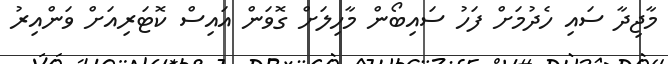
މާޖިދާ ސައި ހެދުމަށް ފަހު ސައިބޯން މާހިލަށް ގޮވަން އައިސް ކޮޓަރިއަށް ވަންއިރު